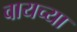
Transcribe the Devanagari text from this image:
वायच्या